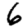
Digit: 6